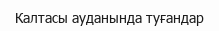
Калтасы ауданында туғандар